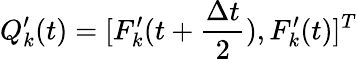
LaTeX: Q_{k}^{\prime}(t)=[F_{k}^{\prime}(t+\frac{\Delta t}{2}),F_{k}^{\prime}(t)]^{T}